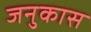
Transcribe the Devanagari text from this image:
जनुकास